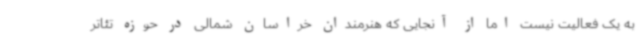
به یک فعالیت نیست اما از آنجایی که هنرمندان خراسان شمالی در حوزه تئاتر